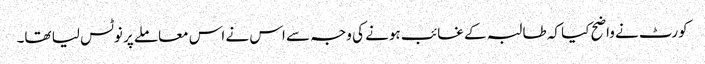
کورٹ نے واضح کیا کہ طالبہ کے غائب ہونے کی وجہ سے اس نے اس معاملے پر نوٹس لیا تھا۔